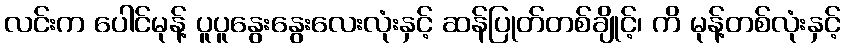
လင်းက ပေါင်မုန့် ပူပူနွေးနွေးလေးလုံးနှင့် ဆန်ပြုတ်တစ်ချိုင့်၊ ကိ မုန့်တစ်လုံးနှင့်